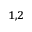
^ { 1 , 2 }